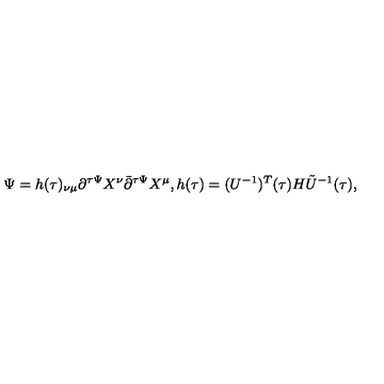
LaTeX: \Psi = h ( \tau ) _ { \nu \mu } \partial ^ { \tau \Psi } X ^ { \nu } \bar { \partial } ^ { \tau \Psi } X ^ { \mu } , h ( \tau ) = ( U ^ { - 1 } ) ^ { T } ( \tau ) H \tilde { U } ^ { - 1 } ( \tau ) ,